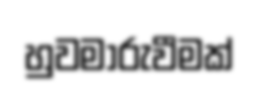
හුවමාරුවීමක්